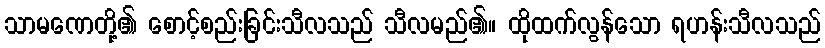
သာမဏေတို့၏ စောင့်စည်းခြင်းသီလသည် သီလမည်၏။ ထိုထက်လွန်သော ရဟန်းသီလသည်